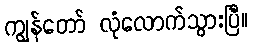
ကျွန်တော် လုံလောက်သွားပြီ။